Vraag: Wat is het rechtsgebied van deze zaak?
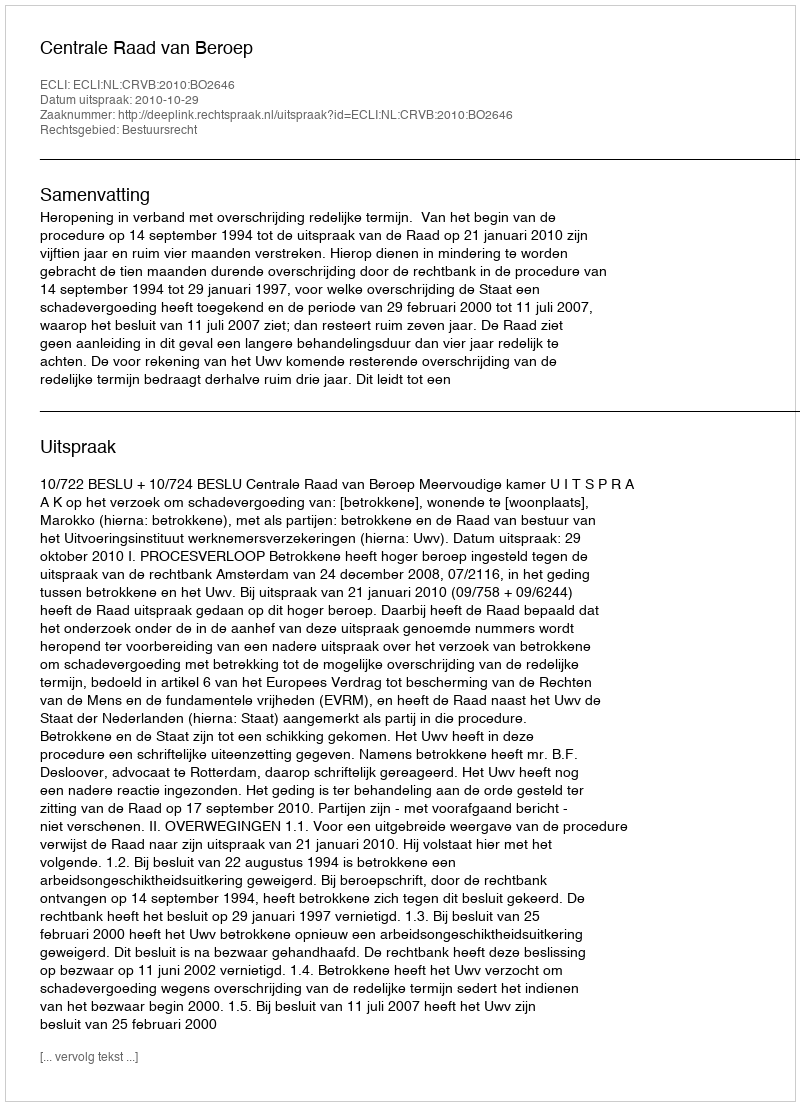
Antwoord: Bestuursrecht